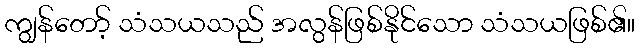
ကျွန်တော့် သံသယသည် အလွန်ဖြစ်နိုင်သော သံသယဖြစ်၏။